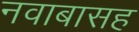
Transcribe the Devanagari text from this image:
नवाबासह